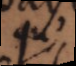
qu’